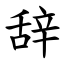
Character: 辞